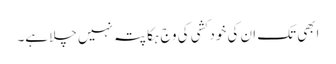
ابھی تک ان کی خود کشی کی وج ہکا پتہ نہیں چلا ہے۔